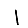
Digit: 1